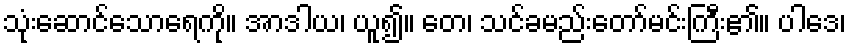
သုံးဆောင်သောရေကို။ အာဒါယ၊ ယူ၍။ တေ၊ သင်ခမည်းတော်မင်းကြီး၏။ ပါဒေ၊